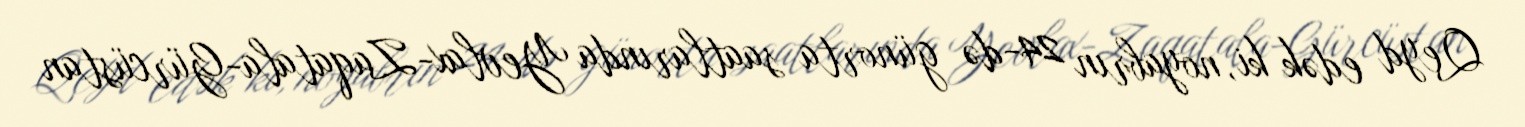
Qeyd edək ki, noyabrın 24-də günorta saatlarında Yevlax-Zaqatala-Gürcüstan